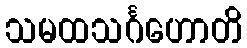
သမထသင်္ဂဟောတိ